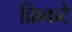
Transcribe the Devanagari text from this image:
क्रिकटे